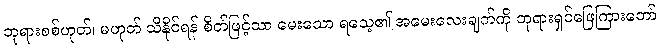
ဘုရားစစ်ဟုတ်၊ မဟုတ် သိနိုင်ရန် စိတ်ဖြင့်သာ မေးသော ရသေ့၏ အမေးလေးချက်ကို ဘုရားရှင်ဖြေကြားတော်